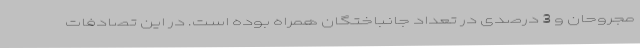
مجروحان و 3 درصدی در تعداد جانباختگان همراه بوده است. در این تصادفات